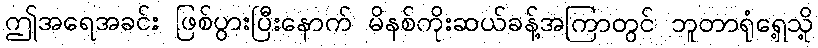
ဤအရေအခင်း ဖြစ်ပွားပြီးနောက် မိနစ်ကိုးဆယ်ခန့်အကြာတွင် ဘူတာရုံရှေ့သို့